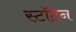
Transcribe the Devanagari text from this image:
स्टॉटन